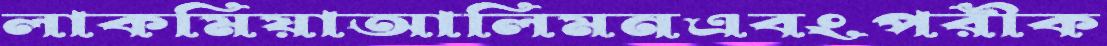
লাকমিয়াআলিমনএবংপরীক